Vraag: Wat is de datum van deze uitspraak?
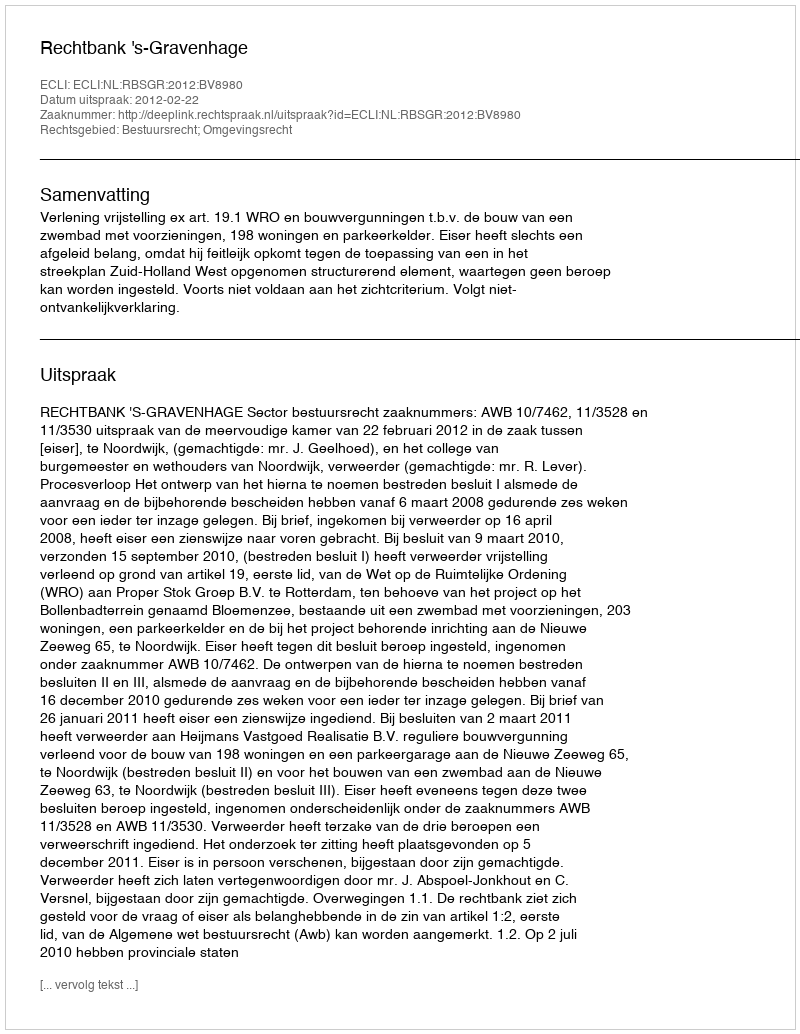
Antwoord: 2012-02-22